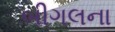
બીગલના